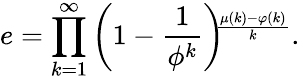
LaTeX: e=\prod_{k=1}^{\infty}\left(1-{\frac{1}{\phi^{k}}}\right)\! \! ^{\frac{\mu(k)-\varphi(k)}{k}}.